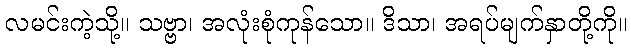
လမင်းကဲ့သို့။ သဗ္ဗာ၊ အလုံးစုံကုန်သော။ ဒိသာ၊ အရပ်မျက်နှာတို့ကို။